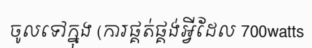
ចូលទៅក្នុង (ការផ្គត់ផ្គង់អ្វីដែល 700watts